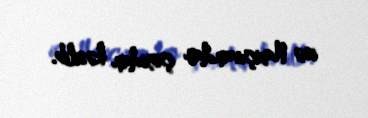
isə Naxçıvandan çoxdan kəsilib.